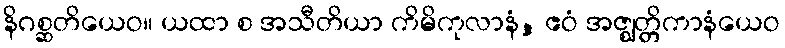
နိဂစ္ဆတိယေဝ။ ယထာ စ အသီတိယာ ကိမိကုလာနံ, ဧဝံ အဇ္ဈတ္တိကာနံယေဝ